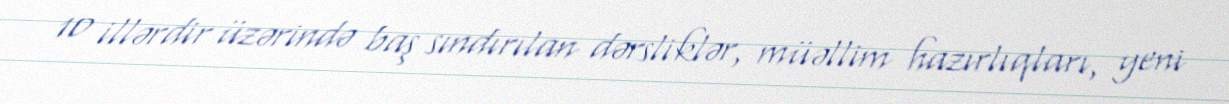
10 illərdir üzərində baş sındırılan dərsliklər, müəllim hazırlıqları, yeni